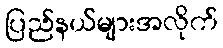
ပြည်နယ်များအလိုက်